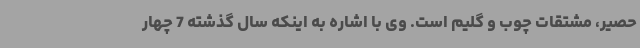
حصیر، مشتقات چوب و گلیم است. وی با اشاره به اینکه سال گذشته 7 چهار